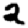
Digit: 2